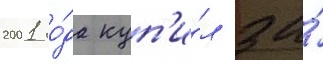
2001 го́да куп'и́л за́